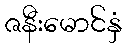
ဇနီးမောင်နှံ